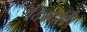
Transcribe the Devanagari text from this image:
दिग्दर्शि